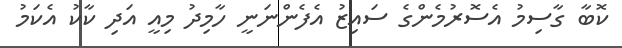
ކޮބާ ގާސިމު އެސޮރުމެންގެ ސައިޒު އެފެންނަނީ ހާމިދު މިއީ އަދި ކާކު އެކަމު